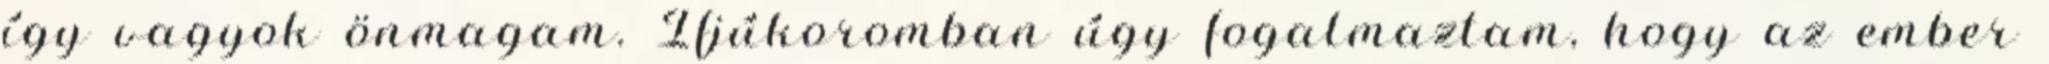
így vagyok önmagam. Ifjúkoromban úgy fogalmaztam, hogy az ember